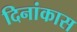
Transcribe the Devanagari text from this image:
दिनांकास